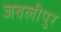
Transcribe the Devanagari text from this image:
जबलीपुर